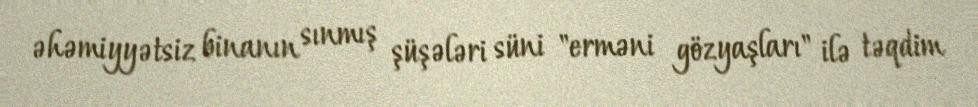
əhəmiyyətsiz binanın sınmış şüşələri süni "erməni gözyaşları" ilə təqdim